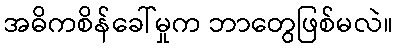
အဓိကစိန်ခေါ်မှုက ဘာတွေဖြစ်မလဲ။